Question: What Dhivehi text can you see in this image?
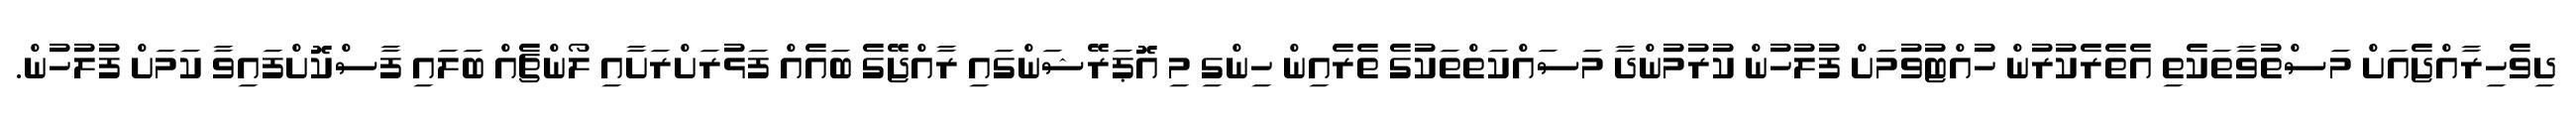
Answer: ދިވެހިރާއްޖެއަށް މަސްތުވާތަކެތި އެތެރެކުރުން ހުއްޓުވުމަށް ފުލުހުން ކުރުމުންދާ މަސައްކަތްތަކުގެ ތެރެއިން ހިންގި މި އޮޕަރޭޝަންގައި ރާއްޖޭގެ ބައެއް ފަޅުރަށްރަށާއި ލޯންޗެއް ބަލައި ފާސްކޮށްފައިވާ ކަމަށް ފުލުހުން.